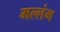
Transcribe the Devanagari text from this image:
मल्लंग